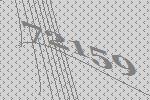
72159